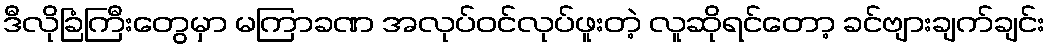
ဒီလိုခြံကြီးတွေမှာ မကြာခဏ အလုပ်ဝင်လုပ်ဖူးတဲ့ လူဆိုရင်တော့ ခင်ဗျားချက်ချင်း